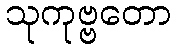
သုကုဗ္ဗတော